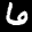
Label: 6